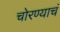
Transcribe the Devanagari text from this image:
चोरण्याचं